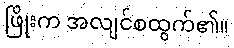
ဖြိုးက အလျင်စထွက်၏။